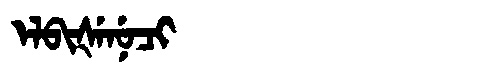
Manchu: ᡝᠯᠪᡳᡧᡝᠨᡠᠴᡳ
Romanization: ELBIŠENUCI